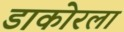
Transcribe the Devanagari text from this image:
डाकोरला